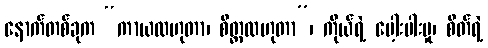
နောက်တစ်ခုက “ကာယလဟုတာ၊ စိတ္တလဟုတာ”၊ ကိုယ်ရဲ့ ပေါ့းပါးမှု၊ စိတ်ရဲ့